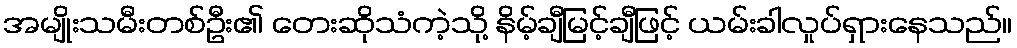
အမျိုးသမီးတစ်ဦး၏ တေးဆိုသံကဲ့သို့ နိမ့်ချီမြင့်ချီဖြင့် ယမ်းခါလှုပ်ရှားနေသည်။